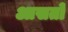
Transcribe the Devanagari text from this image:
आसतों